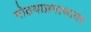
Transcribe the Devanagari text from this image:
मोठयाप्रमाणावर